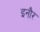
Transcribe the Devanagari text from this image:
इनौर